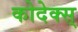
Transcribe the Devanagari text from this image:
कोदेक्स्